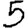
Digit: 5